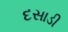
દસાડી